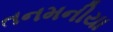
તનમનીયા